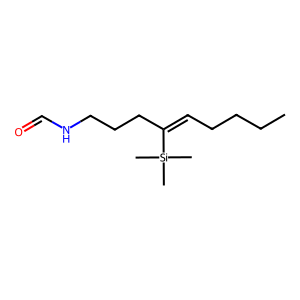
SMILES: CCCCC=C(CCCNC=O)[Si](C)(C)C
Inhibits HIV replication: No